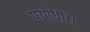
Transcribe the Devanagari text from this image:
पयोधी।।